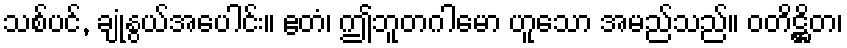
သစ်ပင်, ချုံနွယ်အပေါင်း။ ဧတံ၊ ဤဘူတဂါမော ဟူသော အမည်သည်။ ဝတိဋ္ဌိတ၊